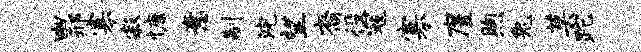
幽邢寡寂慷意制浣望裔役寇寡廑煦兔莫跎